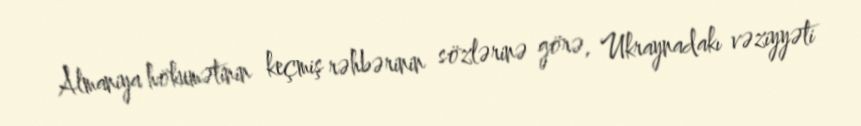
Almaniya hökumətinin keçmiş rəhbərinin sözlərinə görə, Ukraynadakı vəziyyəti